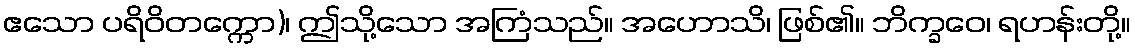
ဧသော ပရိဝိတက္ကော)၊ ဤသို့သော အကြံသည်။ အဟောသိ၊ ဖြစ်၏။ ဘိက္ခဝေ၊ ရဟန်းတို့။